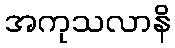
အကုသလာနိ